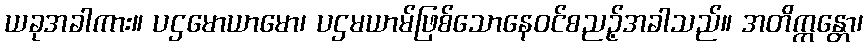
ယခုအခါကား။ ပဌမောယာမော၊ ပဌမယာမ်ဖြစ်သောနေဝင်စညဉ့်အခါသည်။ အတိက္ကန္တော၊